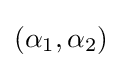
(\alpha _{1},\alpha _{2})